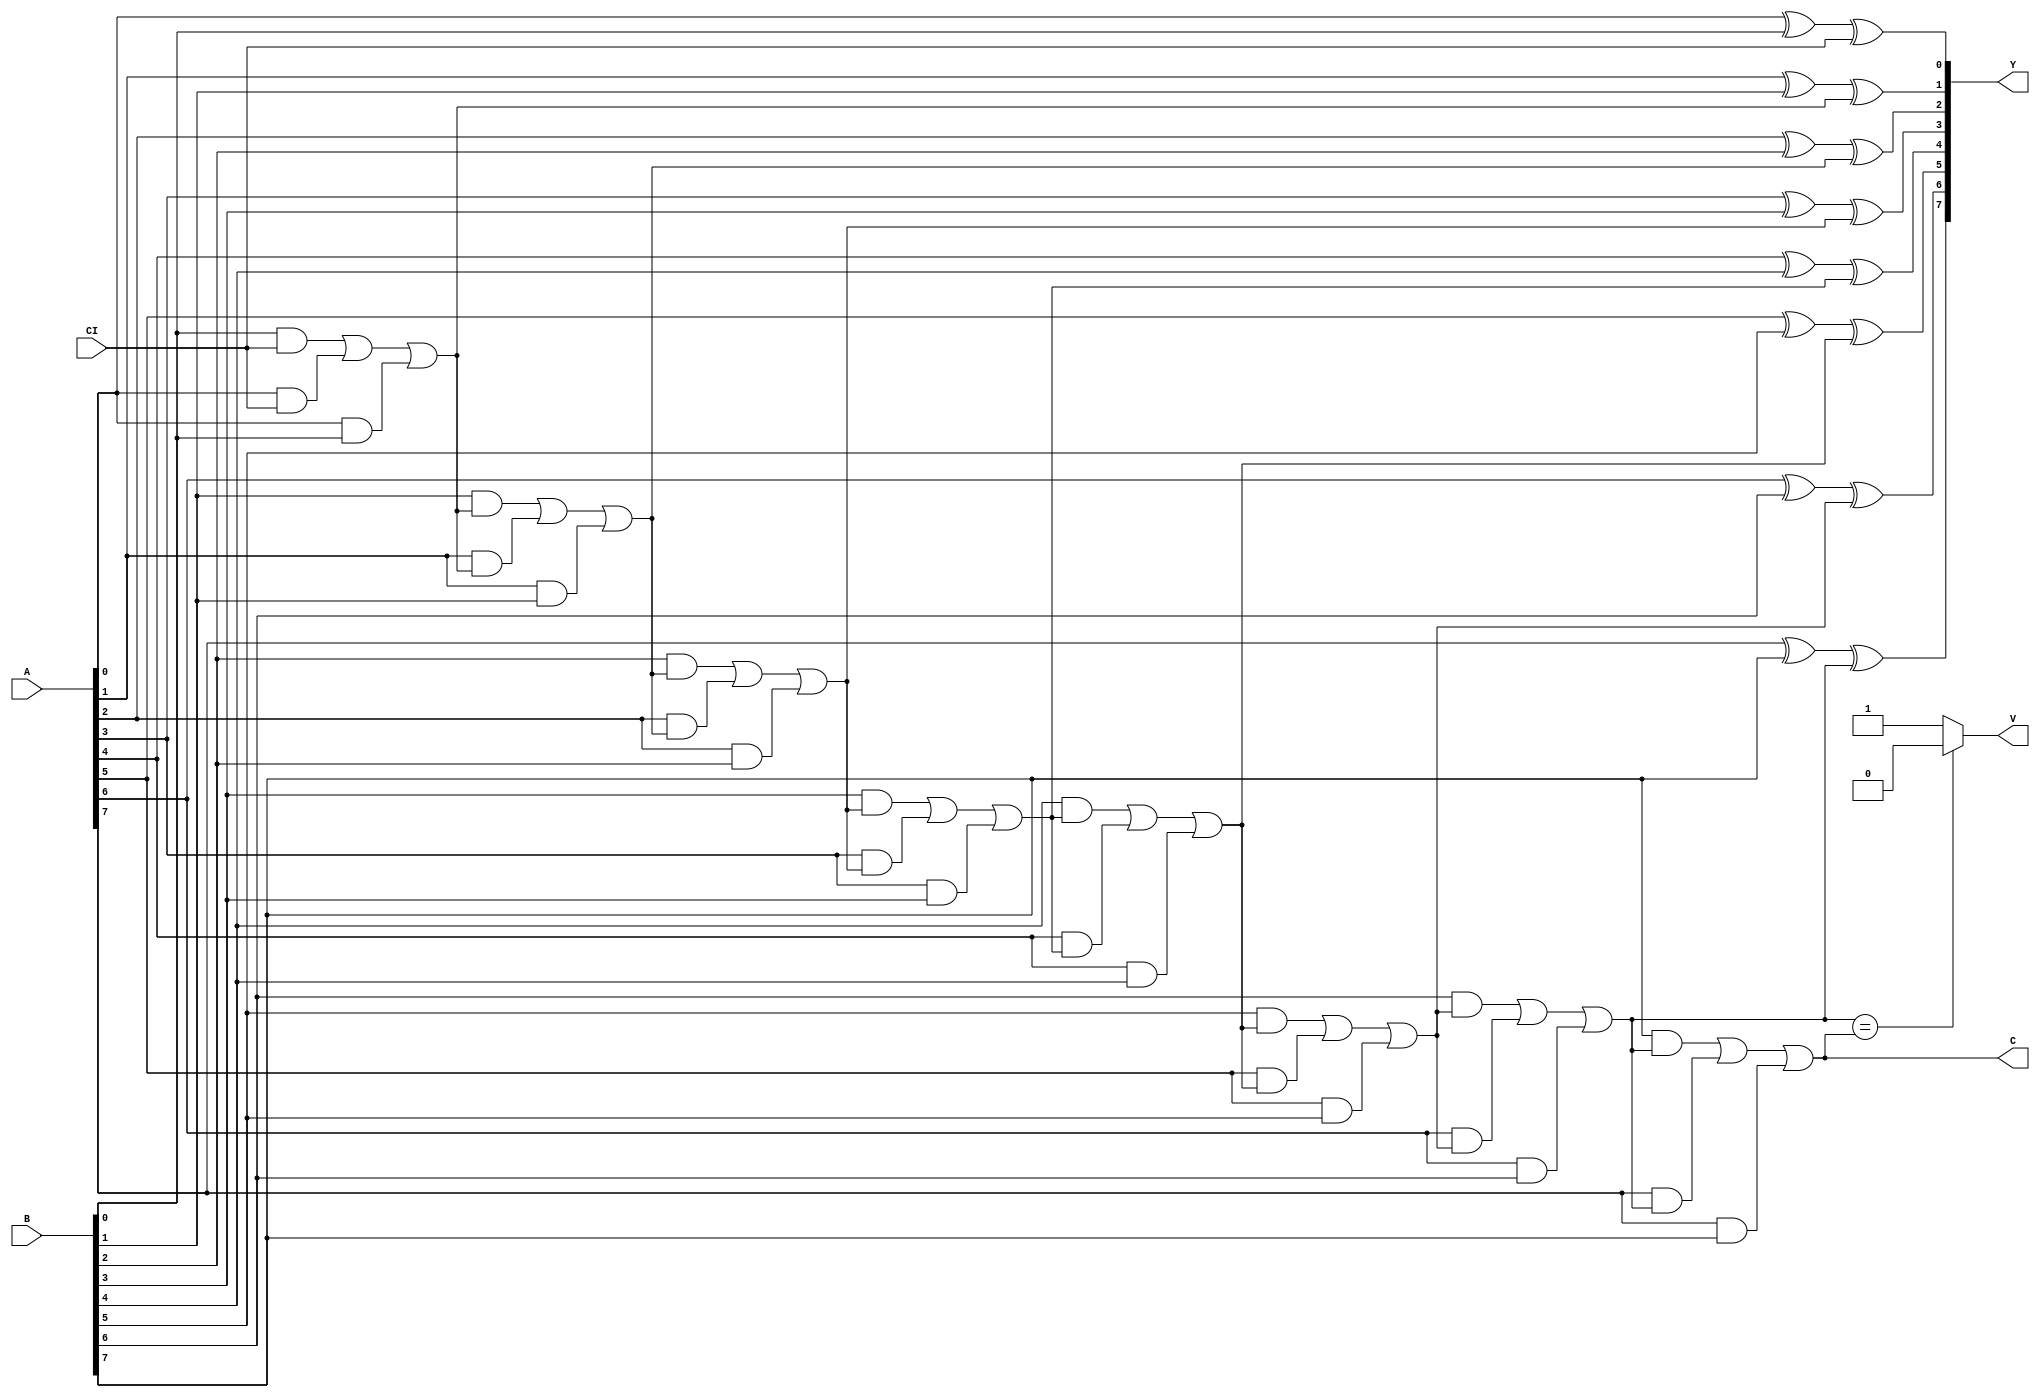
module adder(A, B, CI, Y, C, V); // add all inputs and outputs inside parentheses

  // inputs
  input [7:0] A;
  input [7:0] B;
  input CI;
  
  // outputs
  output reg [7:0] Y;
  output reg C;
  output reg V;
  
  reg Cout_0;
  reg Cout_1;
  reg Cout_2;
  reg Cout_3;
  reg Cout_4;
  reg Cout_5;
  reg Cout_6;
  reg Cout_7;
  
  always@(*)
 begin 
 
	Y[0]<=(A[0]^B[0])^CI; // bit 0
	Cout_0<=((B[0]&CI)|(A[0]&CI)|(A[0]&B[0]));
	
	Y[1]<=(A[1]^B[1])^Cout_0; // bit 1
	Cout_1<=((B[1]&Cout_0)|(A[1]&Cout_0)|(A[1]&B[1]));
	
	Y[2]<=(A[2]^B[2])^Cout_1; // bit 2
	Cout_2<=((B[2]&Cout_1)|(A[2]&Cout_1)|(A[2]&B[2]));
	
	Y[3]<=(A[3]^B[3])^Cout_2; // bit 3
	Cout_3<=((B[3]&Cout_2)|(A[3]&Cout_2)|(A[3]&B[3]));
	
	Y[4]<=(A[4]^B[4])^Cout_3; // bit 4
	Cout_4<=((B[4]&Cout_3)|(A[4]&Cout_3)|(A[4]&B[4]));
	
	Y[5]<=(A[5]^B[5])^Cout_4; // bit 5
	Cout_5<=((B[5]&Cout_4)|(A[5]&Cout_4)|(A[5]&B[5]));
	
	Y[6]<=(A[6]^B[6])^Cout_5; // bit 6
	Cout_6<=((B[6]&Cout_5)|(A[6]&Cout_5)|(A[6]&B[6]));
	
	Y[7]<=(A[7]^B[7])^Cout_6; // bit 7 
	Cout_7<=((B[7]&Cout_6)|(A[7]&Cout_6)|(A[7]&B[7]));
	
	C<=Cout_7;
	
	if (Cout_6 == Cout_7) begin
		V<=1'b0; end
	else begin
		V<=1'b1; end
end 

endmodule